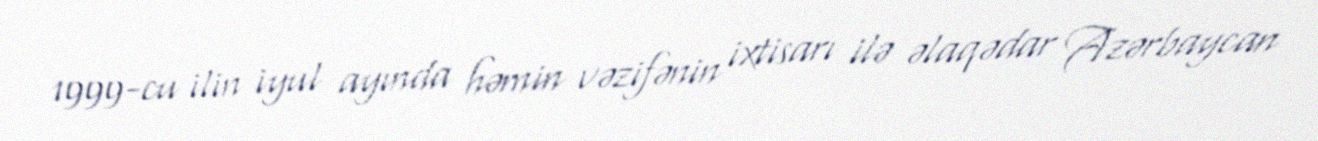
1999-cu ilin iyul ayında həmin vəzifənin ixtisarı ilə əlaqədar Azərbaycan